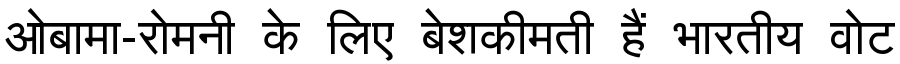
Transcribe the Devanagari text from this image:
ओबामा-रोमनी के लिए बेशकीमती हैं भारतीय वोट